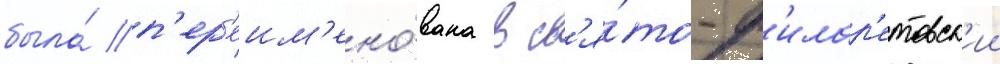
была́ п'ер'еим'ено́вана в св'я́то-ф'илар'етовск'ии